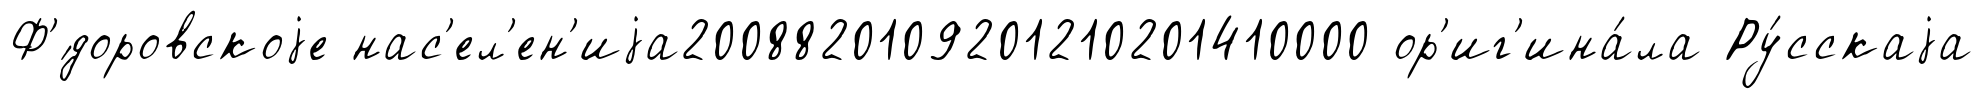
Ф'́доровскоjе нас'ел'ен'иjа2008820109201210201410000 ор'иг'ина́ла Ру́сскаjа